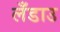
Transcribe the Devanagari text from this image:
लँडाउ